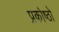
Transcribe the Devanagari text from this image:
प्रकोष्ठो